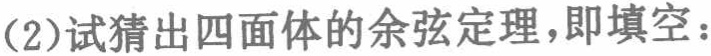
(2)试猜出四面体的余弦定理，即填空：